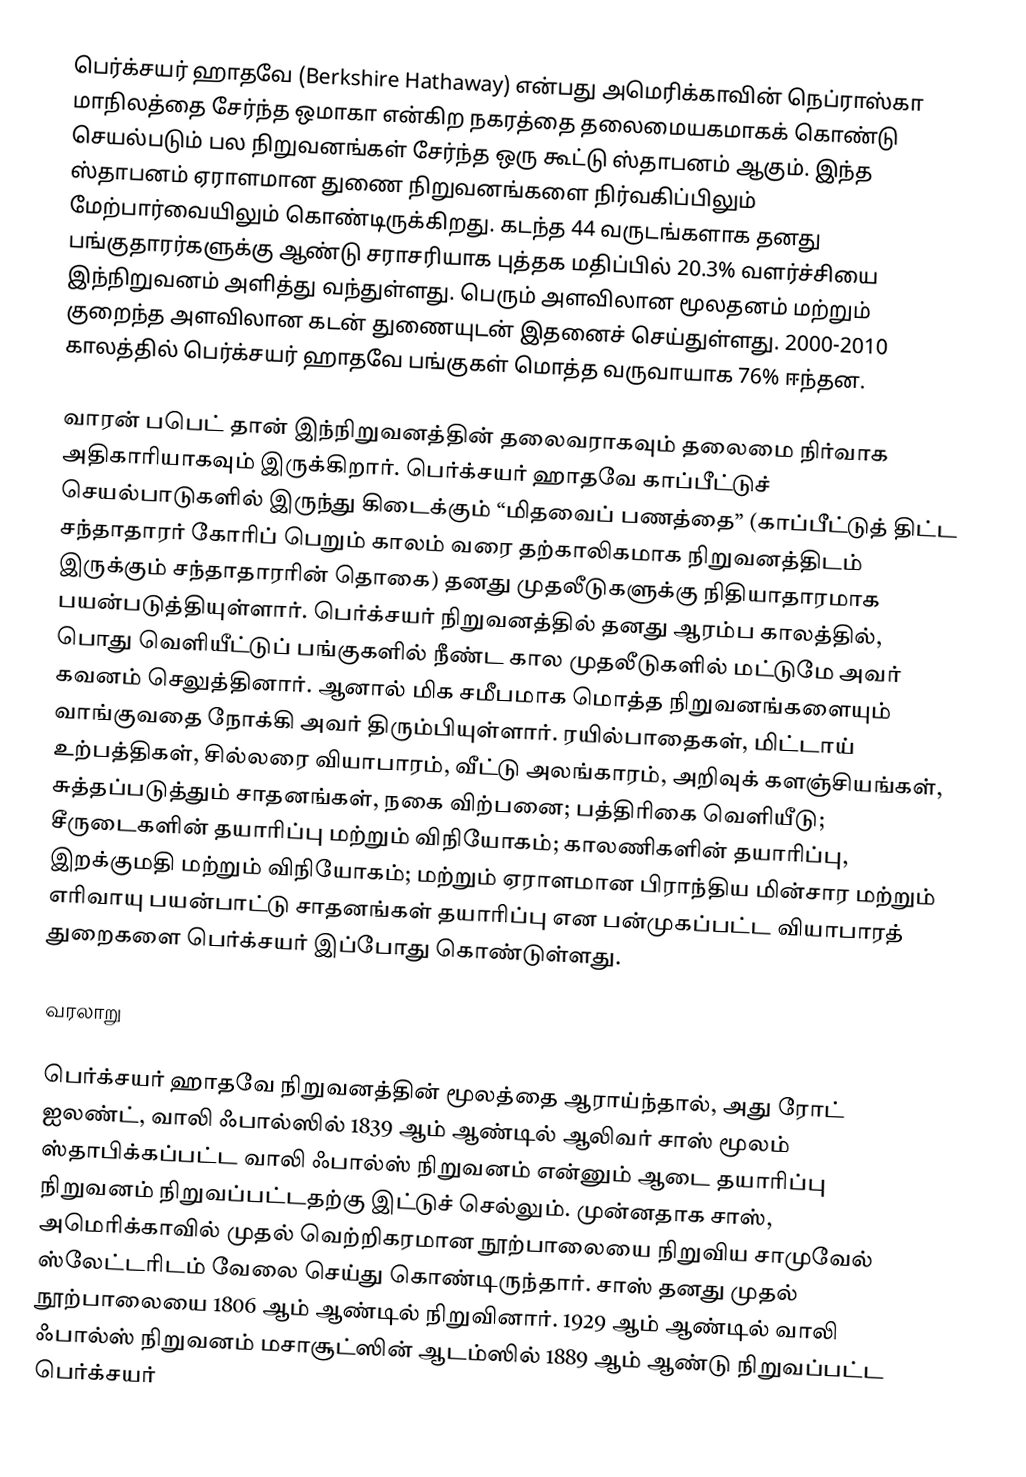
பெர்க்சயர் ஹாதவே (Berkshire Hathaway) என்பது அமெரிக்காவின் நெப்ராஸ்கா மாநிலத்தை சேர்ந்த ஒமாகா என்கிற நகரத்தை தலைமையகமாகக் கொண்டு செயல்படும் பல நிறுவனங்கள் சேர்ந்த ஒரு கூட்டு ஸ்தாபனம் ஆகும். இந்த ஸ்தாபனம் ஏராளமான துணை நிறுவனங்களை நிர்வகிப்பிலும் மேற்பார்வையிலும் கொண்டிருக்கிறது. கடந்த 44 வருடங்களாக தனது பங்குதாரர்களுக்கு ஆண்டு சராசரியாக புத்தக மதிப்பில் 20.3% வளர்ச்சியை இந்நிறுவனம் அளித்து வந்துள்ளது. பெரும் அளவிலான மூலதனம் மற்றும் குறைந்த அளவிலான கடன் துணையுடன் இதனைச் செய்துள்ளது. 2000-2010 காலத்தில் பெர்க்சயர் ஹாதவே பங்குகள் மொத்த வருவாயாக 76% ஈந்தன.

வாரன் பபெட் தான் இந்நிறுவனத்தின் தலைவராகவும் தலைமை நிர்வாக அதிகாரியாகவும் இருக்கிறார். பெர்க்சயர் ஹாதவே காப்பீட்டுச் செயல்பாடுகளில் இருந்து கிடைக்கும் “மிதவைப் பணத்தை” (காப்பீட்டுத் திட்ட சந்தாதாரர் கோரிப் பெறும் காலம் வரை தற்காலிகமாக நிறுவனத்திடம் இருக்கும் சந்தாதாரரின் தொகை) தனது முதலீடுகளுக்கு நிதியாதாரமாக பயன்படுத்தியுள்ளார். பெர்க்சயர் நிறுவனத்தில் தனது ஆரம்ப காலத்தில், பொது வெளியீட்டுப் பங்குகளில் நீண்ட கால முதலீடுகளில் மட்டுமே அவர் கவனம் செலுத்தினார். ஆனால் மிக சமீபமாக மொத்த நிறுவனங்களையும் வாங்குவதை நோக்கி அவர் திரும்பியுள்ளார். ரயில்பாதைகள், மிட்டாய் உற்பத்திகள், சில்லரை வியாபாரம், வீட்டு அலங்காரம், அறிவுக் களஞ்சியங்கள், சுத்தப்படுத்தும் சாதனங்கள், நகை விற்பனை; பத்திரிகை வெளியீடு; சீருடைகளின் தயாரிப்பு மற்றும் விநியோகம்; காலணிகளின் தயாரிப்பு, இறக்குமதி மற்றும் விநியோகம்; மற்றும் ஏராளமான பிராந்திய மின்சார மற்றும் எரிவாயு பயன்பாட்டு சாதனங்கள் தயாரிப்பு என பன்முகப்பட்ட வியாபாரத் துறைகளை பெர்க்சயர் இப்போது கொண்டுள்ளது.

வரலாறு

பெர்க்சயர் ஹாதவே நிறுவனத்தின் மூலத்தை ஆராய்ந்தால், அது ரோட் ஐலண்ட், வாலி ஃபால்ஸில் 1839 ஆம் ஆண்டில் ஆலிவர் சாஸ் மூலம் ஸ்தாபிக்கப்பட்ட வாலி ஃபால்ஸ் நிறுவனம் என்னும் ஆடை தயாரிப்பு நிறுவனம் நிறுவப்பட்டதற்கு இட்டுச் செல்லும். முன்னதாக சாஸ், அமெரிக்காவில் முதல் வெற்றிகரமான நூற்பாலையை நிறுவிய சாமுவேல் ஸ்லேட்டரிடம் வேலை செய்து கொண்டிருந்தார். சாஸ் தனது முதல் நூற்பாலையை 1806 ஆம் ஆண்டில் நிறுவினார். 1929 ஆம் ஆண்டில் வாலி ஃபால்ஸ் நிறுவனம் மசாசூட்ஸின் ஆடம்ஸில் 1889 ஆம் ஆண்டு நிறுவப்பட்ட பெர்க்சயர்